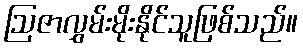
ဩဇာလွှမ်းမိုးနိုင်သူဖြစ်သည်။